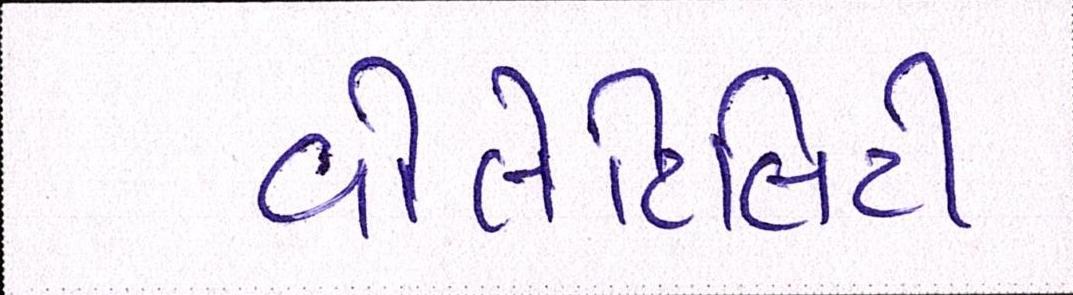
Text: વોલેટિલિટી